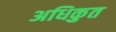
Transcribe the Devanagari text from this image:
अधिकुत